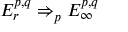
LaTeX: E _ { r } ^ { p , q } \Rightarrow _ { p } E _ { \infty } ^ { p , q }